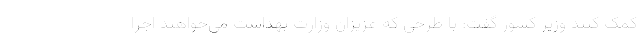
کمک کنند وزیر کشور گفت: با طرحی که عزیزان وزارت بهداشت می‌خواهند اجرا